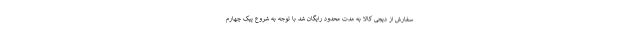
سفارش از دیجی کالا به مدت محدود رایگان شد با توجه به شروع پیک چهارم